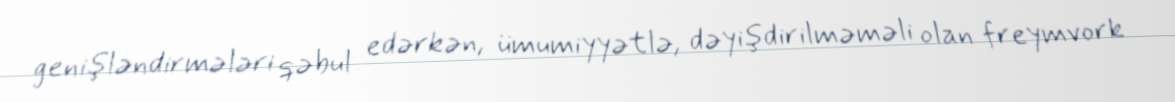
genişləndirmələri qəbul edərkən, ümumiyyətlə, dəyişdirilməməli olan freymvork